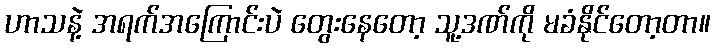
ဟာသနဲ့ အရက်အကြောင်းပဲ တွေးနေတော့ သူ့ဒဏ်ကို မခံနိုင်တော့တာ။